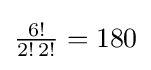
{\tfrac {6!}{2!\,2!}}=180